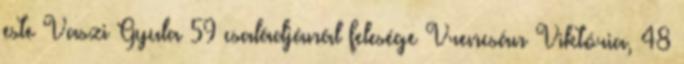
este Vaszi Gyula 59 családjánál felesége Vrencsán Viktória, 48